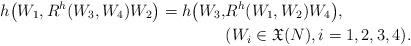
LaTeX: \begin{align*}h\big(W_1,R^h(W_3,W_4)W_2\big)=h\big(W_3,&R^h(W_1,W_2)W_4\big), \\& (W_i\in{\frak X}(N),i=1,2,3,4).\end{align*}